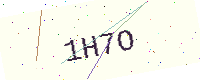
Text: 1H7O